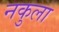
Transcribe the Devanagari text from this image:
नकुला